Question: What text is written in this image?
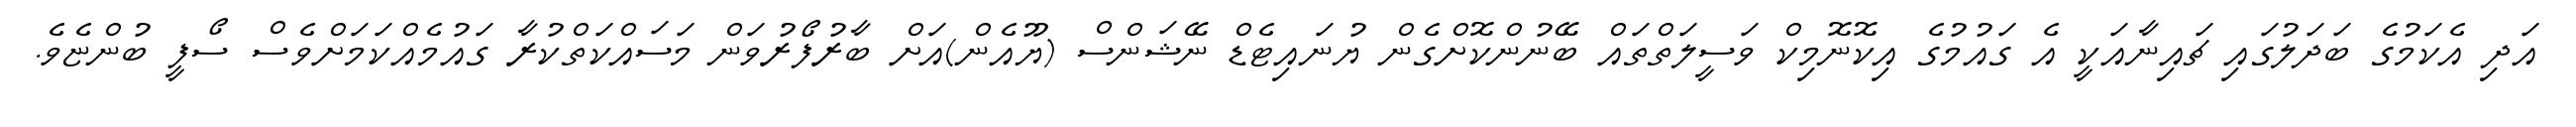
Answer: އަދި އެކަމުގެ ބަދަލުގައި ޗައިނާއަކީ އެ ގައުމުގެ އިކޮނޮމިކް ވަސީލަތްތައް ބޭނުންކޮށްގެން ޔުނައިޓެޑް ނޭޝަންސް (ޔޫއެން)އަށް ބާރުފޯރުވަން މަސައްކަތްކުރާ ގައުމެއްކަމަށްވެސް ސޯފީ ބުންޏެވެ.